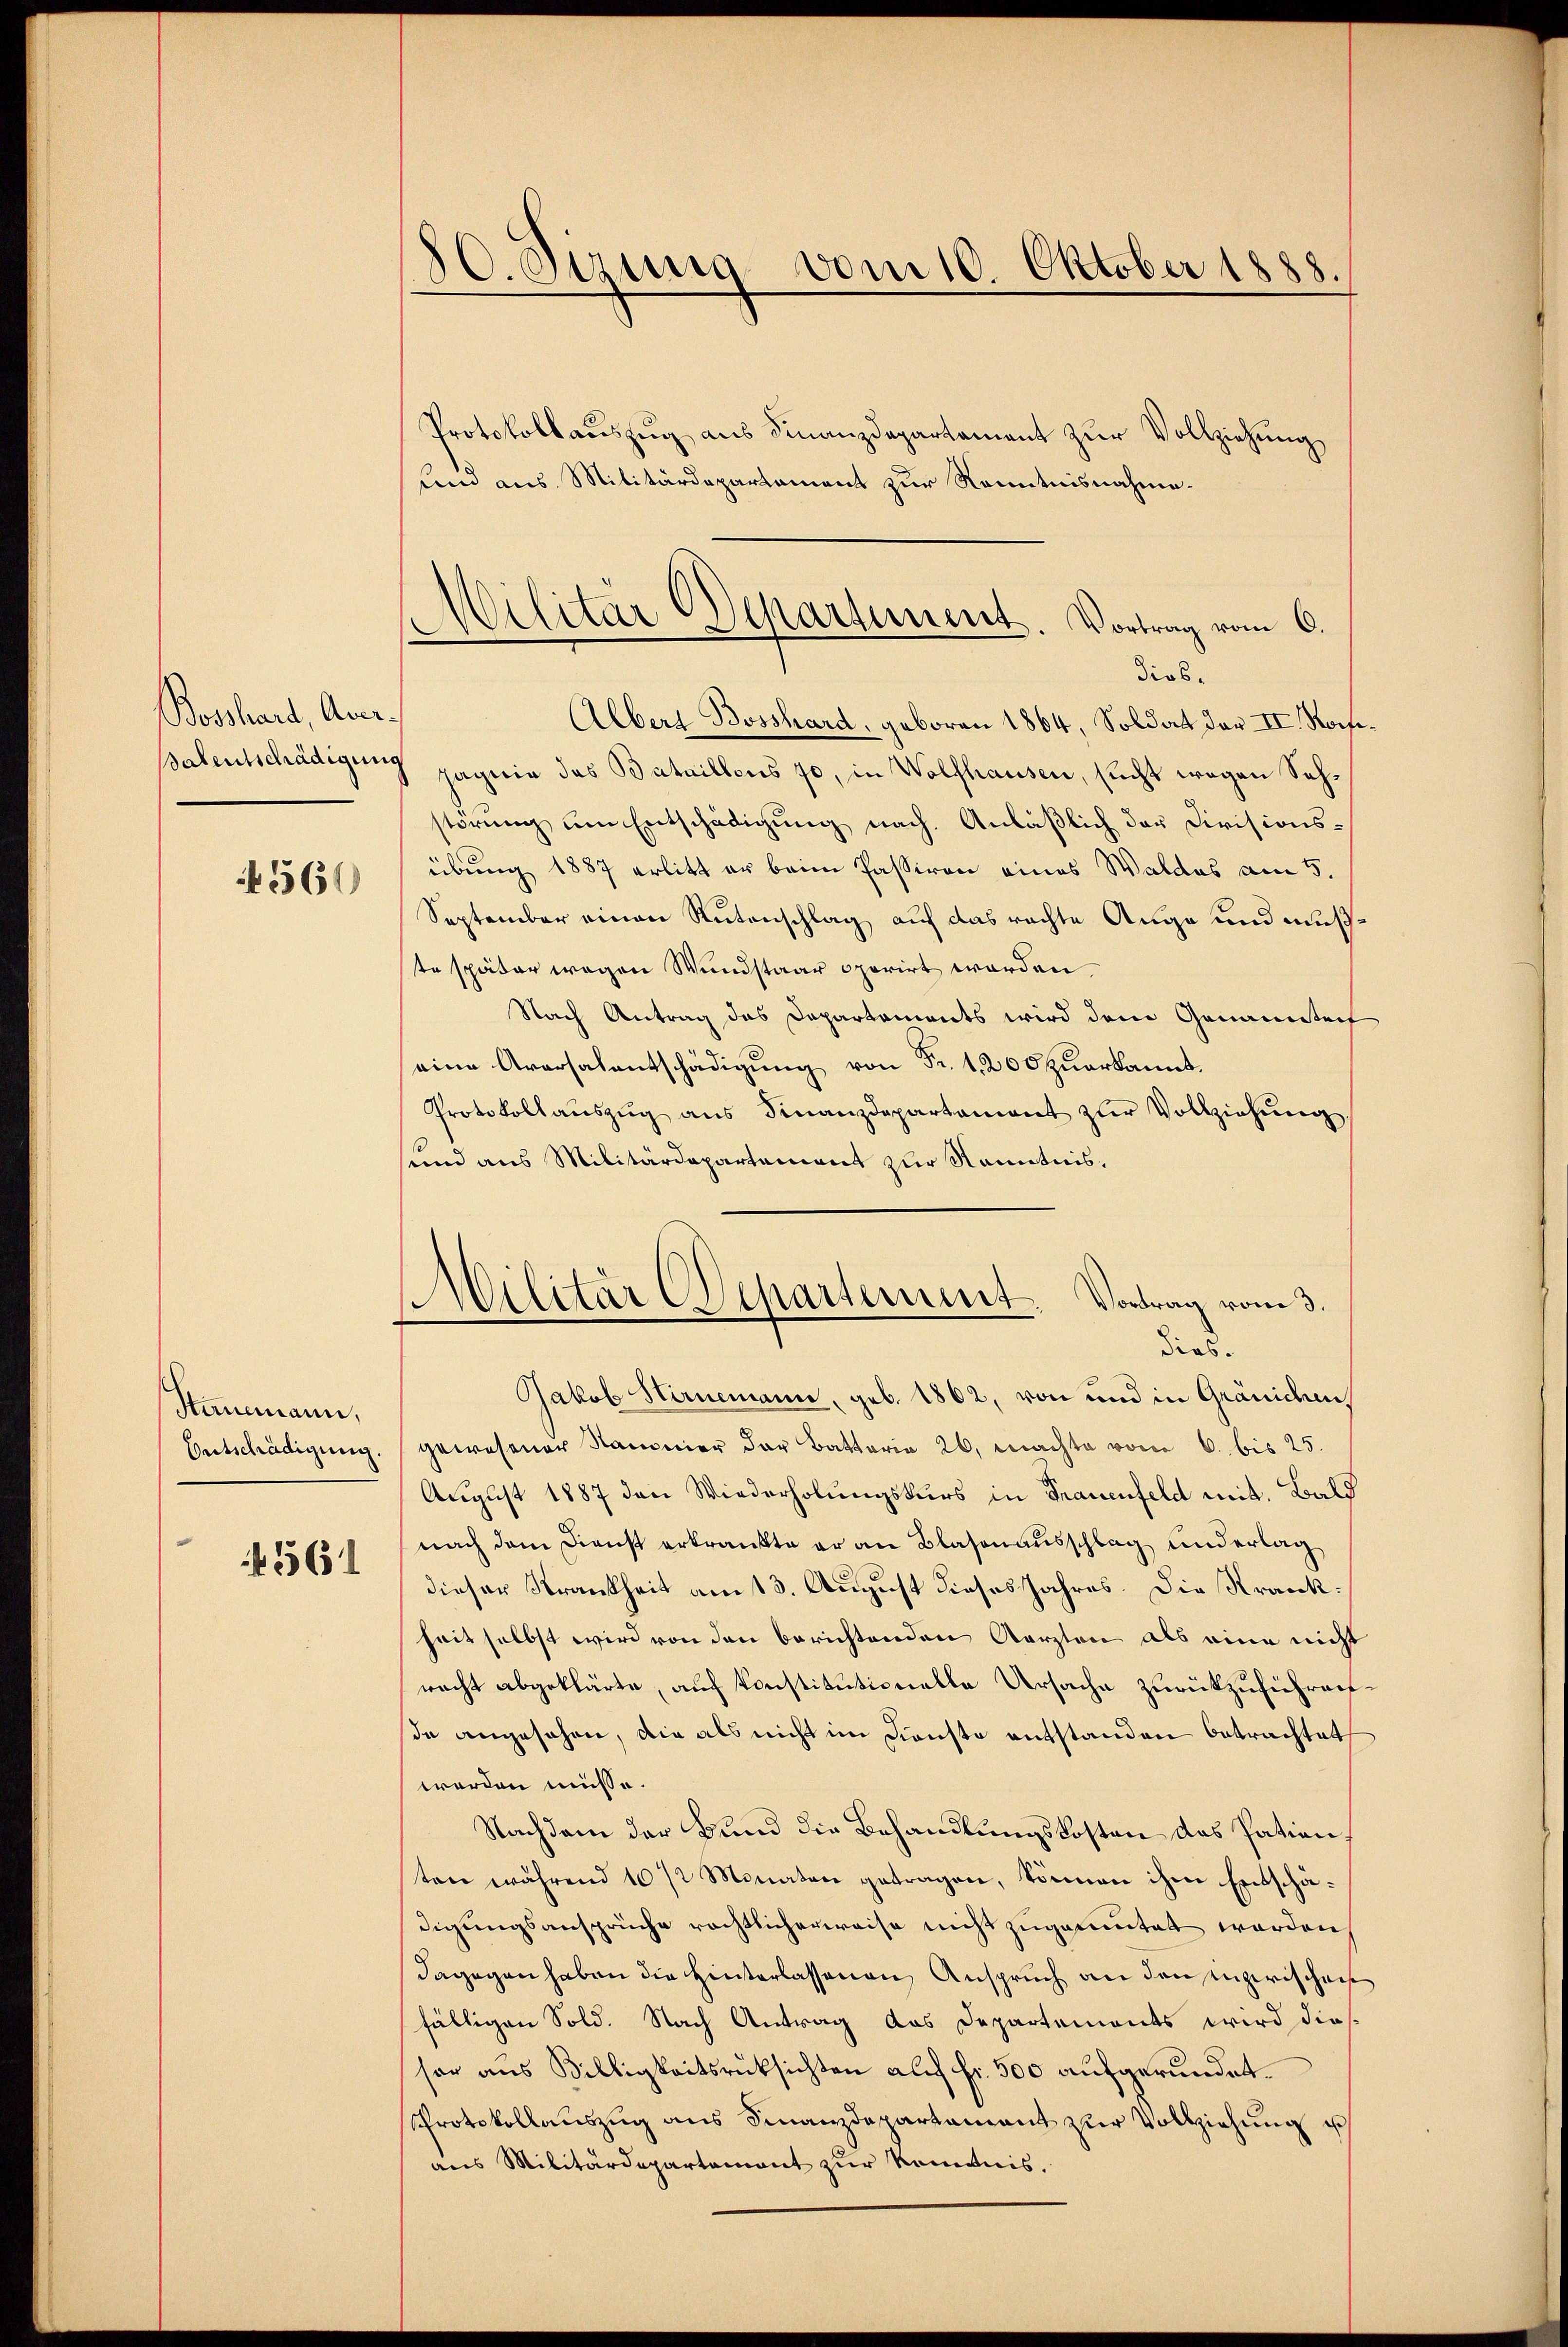
Bosshard, Aver¬

560

Stirnemann,
Entschädigung.

561

C. Sizung vom 10. Oktober 1888.
.

Protokollaŭszŭg aŭs Finanzdepartament zŭr Vollziehŭng
und aus Militärdepartement zur Kenntnisnahmesalentschädigung pagnie das Bataillons 70, in Wolfhausen, sucht wegen Sehstörung um Entschädigung nach Anläßlich der Divisionsübung 1887 erlitt er beim Passiven eines Waldes am 5.
September einen Rutenschlag auf das rachte Auge und mußste später wegen Wundstaar operirt worden.
Nach Antrag das Departements wird dem Genannteit
eine Aversalentschädigung von Fr. 1. 200 zuerkannt.
Protokollaŭszŭg ans Finanzdepartament zŭr Vollziehŭng
sund aus Militärdepartement zur Kenntnis,
Militär Departement. Vortrag vom 3.
dias.
Jakob Stirnemann, geb. 1862, von und in Gräniden,
gewesener Sammer der Batterie 26. machte vom 6. bis 25
August 1887 den Wiederholungskurs in Frauenfeld mit. Bald
nach dem Dienst erkrankte er an Blasenausschlag und erlag
dieser Krankheit am 13. August dieses Jahres. Die Krankheit selbst wird von den berichtenden Aerzten als eine nicht
racht abgeklärte, auch konstitutionelle Ursache zurückzuführenfde angesehen, die als nicht im Dienste entstanden betrachtet
worden müsse.
Nachdem der Bund die Behandlungskosten das Patien.
sten während 10 1/2 Monaten getragen, können ihm Entschädigungsansprüche rächtlicherweise nicht zugemutet worden,
dagegen haben die Hinterlassenen Anspruch an den unzerischen
fälligen Sold. Nach Antrag das Departements wird dies
sor aus Billigkeitsrüksichten auf fr. 500 aufgerundet.
Protokollauszug aus Finanzdepartament zur Vollziehung ich
aus Militärdepartement zur könntnis.

litar Departement. Vortrag vom 6.
dios.
Alberg Bosshard, geboren 1864, Soldat der II. Roese¬